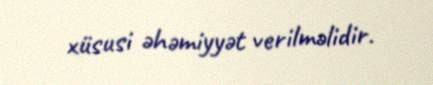
xüsusi əhəmiyyət verilməlidir.